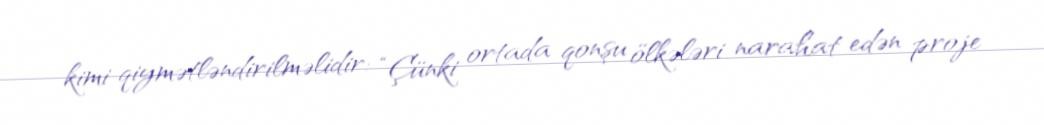
kimi qiymətləndirilməlidir: “Çünki ortada qonşu ölkələri narahat edən proje